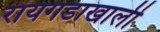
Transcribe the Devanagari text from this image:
रायगडाखाली